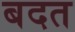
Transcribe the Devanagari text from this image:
बदत